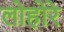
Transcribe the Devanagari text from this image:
लोहोरे